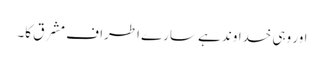
اور وہی خداوند ہے سارے اطراف مشرق کا۔